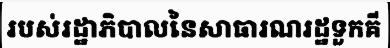
របស់រដ្ឋាភិបាលនៃសាធារណរដ្ឋទួកគី